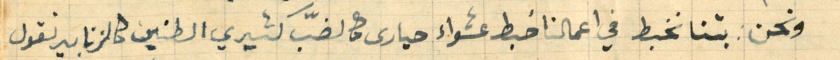
ونحن بتنا نخبط في اعمالنا خبط عشواء حيارى كالضبّ كثيري الطنين كالزنابير نقول